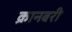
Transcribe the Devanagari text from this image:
क्रानबरी